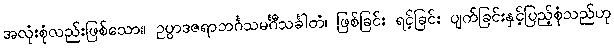
အလုံးစုံလည်းဖြစ်သော။ ဥပ္ပာဒဇရာဘင်္ဂသမင်္ဂီသင်္ခါတံ၊ ဖြစ်ခြင်း ရင့်ခြင်း ပျက်ခြင်းနှင့်ပြည့်စုံသည်ဟု